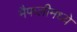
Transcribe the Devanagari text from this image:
मैफलीमध्ये